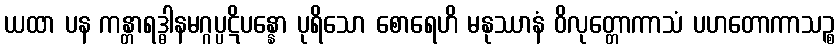
ယထာ ပန ကန္တာရဒ္ဓါနမဂ္ဂပ္ပဋိပန္နော ပုရိသော စောရေဟိ မနုဿာနံ ဝိလုတ္တောကာသံ ပဟတောကာသဉ္စ